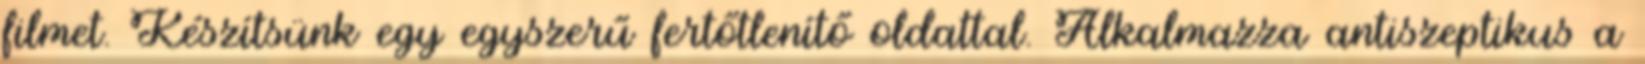
filmet. Készítsünk egy egyszerű fertőtlenítő oldattal. Alkalmazza antiszeptikus a